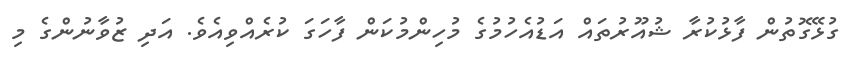
ގުޅޭގޮތުން ފާޅުކުރާ ޝުއޫރުތައް އަޑުއެހުމުގެ މުހިންމުކަން ފާހަގަ ކުރެއްވިއެވެ. އަދި ޒުވާނުންގެ މި